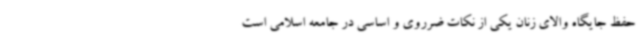
حفظ جایگاه والای زنان یکی از نکات ضرروی و اساسی در جامعه اسلامی است